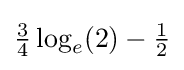
{\tfrac {3}{4}}\log _{e}(2)-{\tfrac {1}{2}}